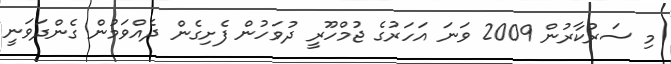
މި ސަރުކާރުން 2009 ވަނަ އަހަރުގެ ޖުމްހޫރީ ދުވަހުން ފެށިގެން ދެއްވަމުން ގެންދަވަނީ